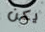
يكن